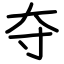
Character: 夺